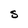
Character: S